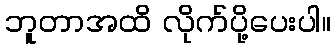
ဘူတာအထိ လိုက်ပို့ပေးပါ။